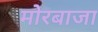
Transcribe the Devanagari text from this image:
मोरबाजा